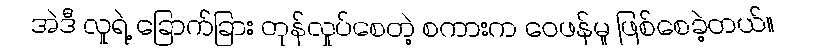
အဲဒီ လူရဲ့ ခြောက်ခြား တုန်လှုပ်စေတဲ့ စကားက ဝေဖန်မှု ဖြစ်စေခဲ့တယ်။